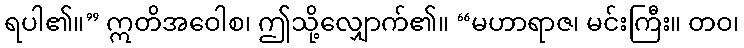
ရပါ၏။” ဣတိအဝေါစ၊ ဤသို့လျှောက်၏။ “မဟာရာဇ၊ မင်းကြီး။ တဝ၊